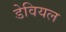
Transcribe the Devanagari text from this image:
डेवियल